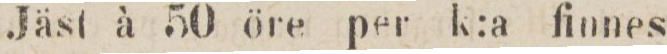
Jäst à 50 öre per k:a finnes